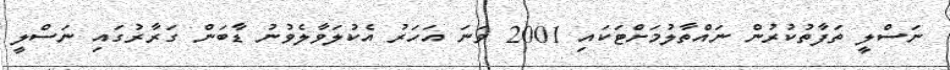
ނަސްލީ ތަފާތުކުރުން ނައްތާލުމަށްޓަކައި 2001 ވަނަ އަހަރު އެކުލަވާލެވުނު ޑާބަން ގަރާރުގައި ނަސްލީ